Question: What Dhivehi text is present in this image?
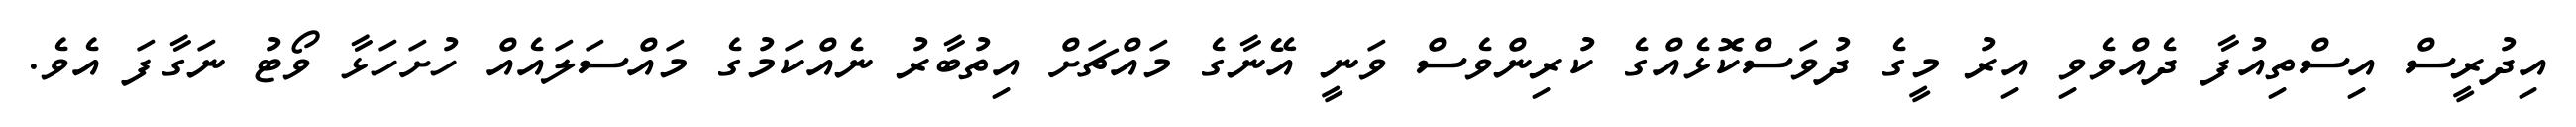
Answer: އިދުރީސް އިސްތިއުފާ ދެއްވެވި އިރު މީގެ ދުވަސްކޮޅެއްގެ ކުރިންވެސް ވަނީ އޭނާގެ މައްޗަށް އިތުބާރު ނެއްކަމުގެ މައްސަލައެއް ހުށަހަޅާ ވޯޓު ނަގާފަ އެވެ.